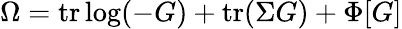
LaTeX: \Omega=\mathrm{tr}\log(-G)+\mathrm{tr}(\Sigma G)+\Phi[G]